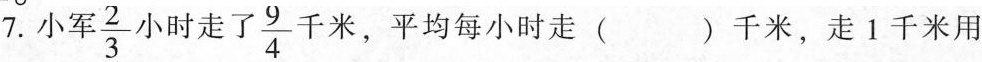
7.小军\frac{2}{3}小时走了\frac{9}{4}千米，平均每小时走( )千米，走1千米用